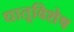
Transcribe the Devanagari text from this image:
धातूविशेष